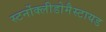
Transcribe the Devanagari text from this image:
स्टर्नोक्लीडोमैस्टायड